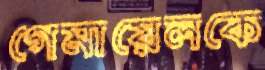
গেমায়েলকে